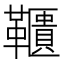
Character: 𩍨